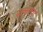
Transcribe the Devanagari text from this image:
मल्लाचा